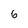
Character: 6